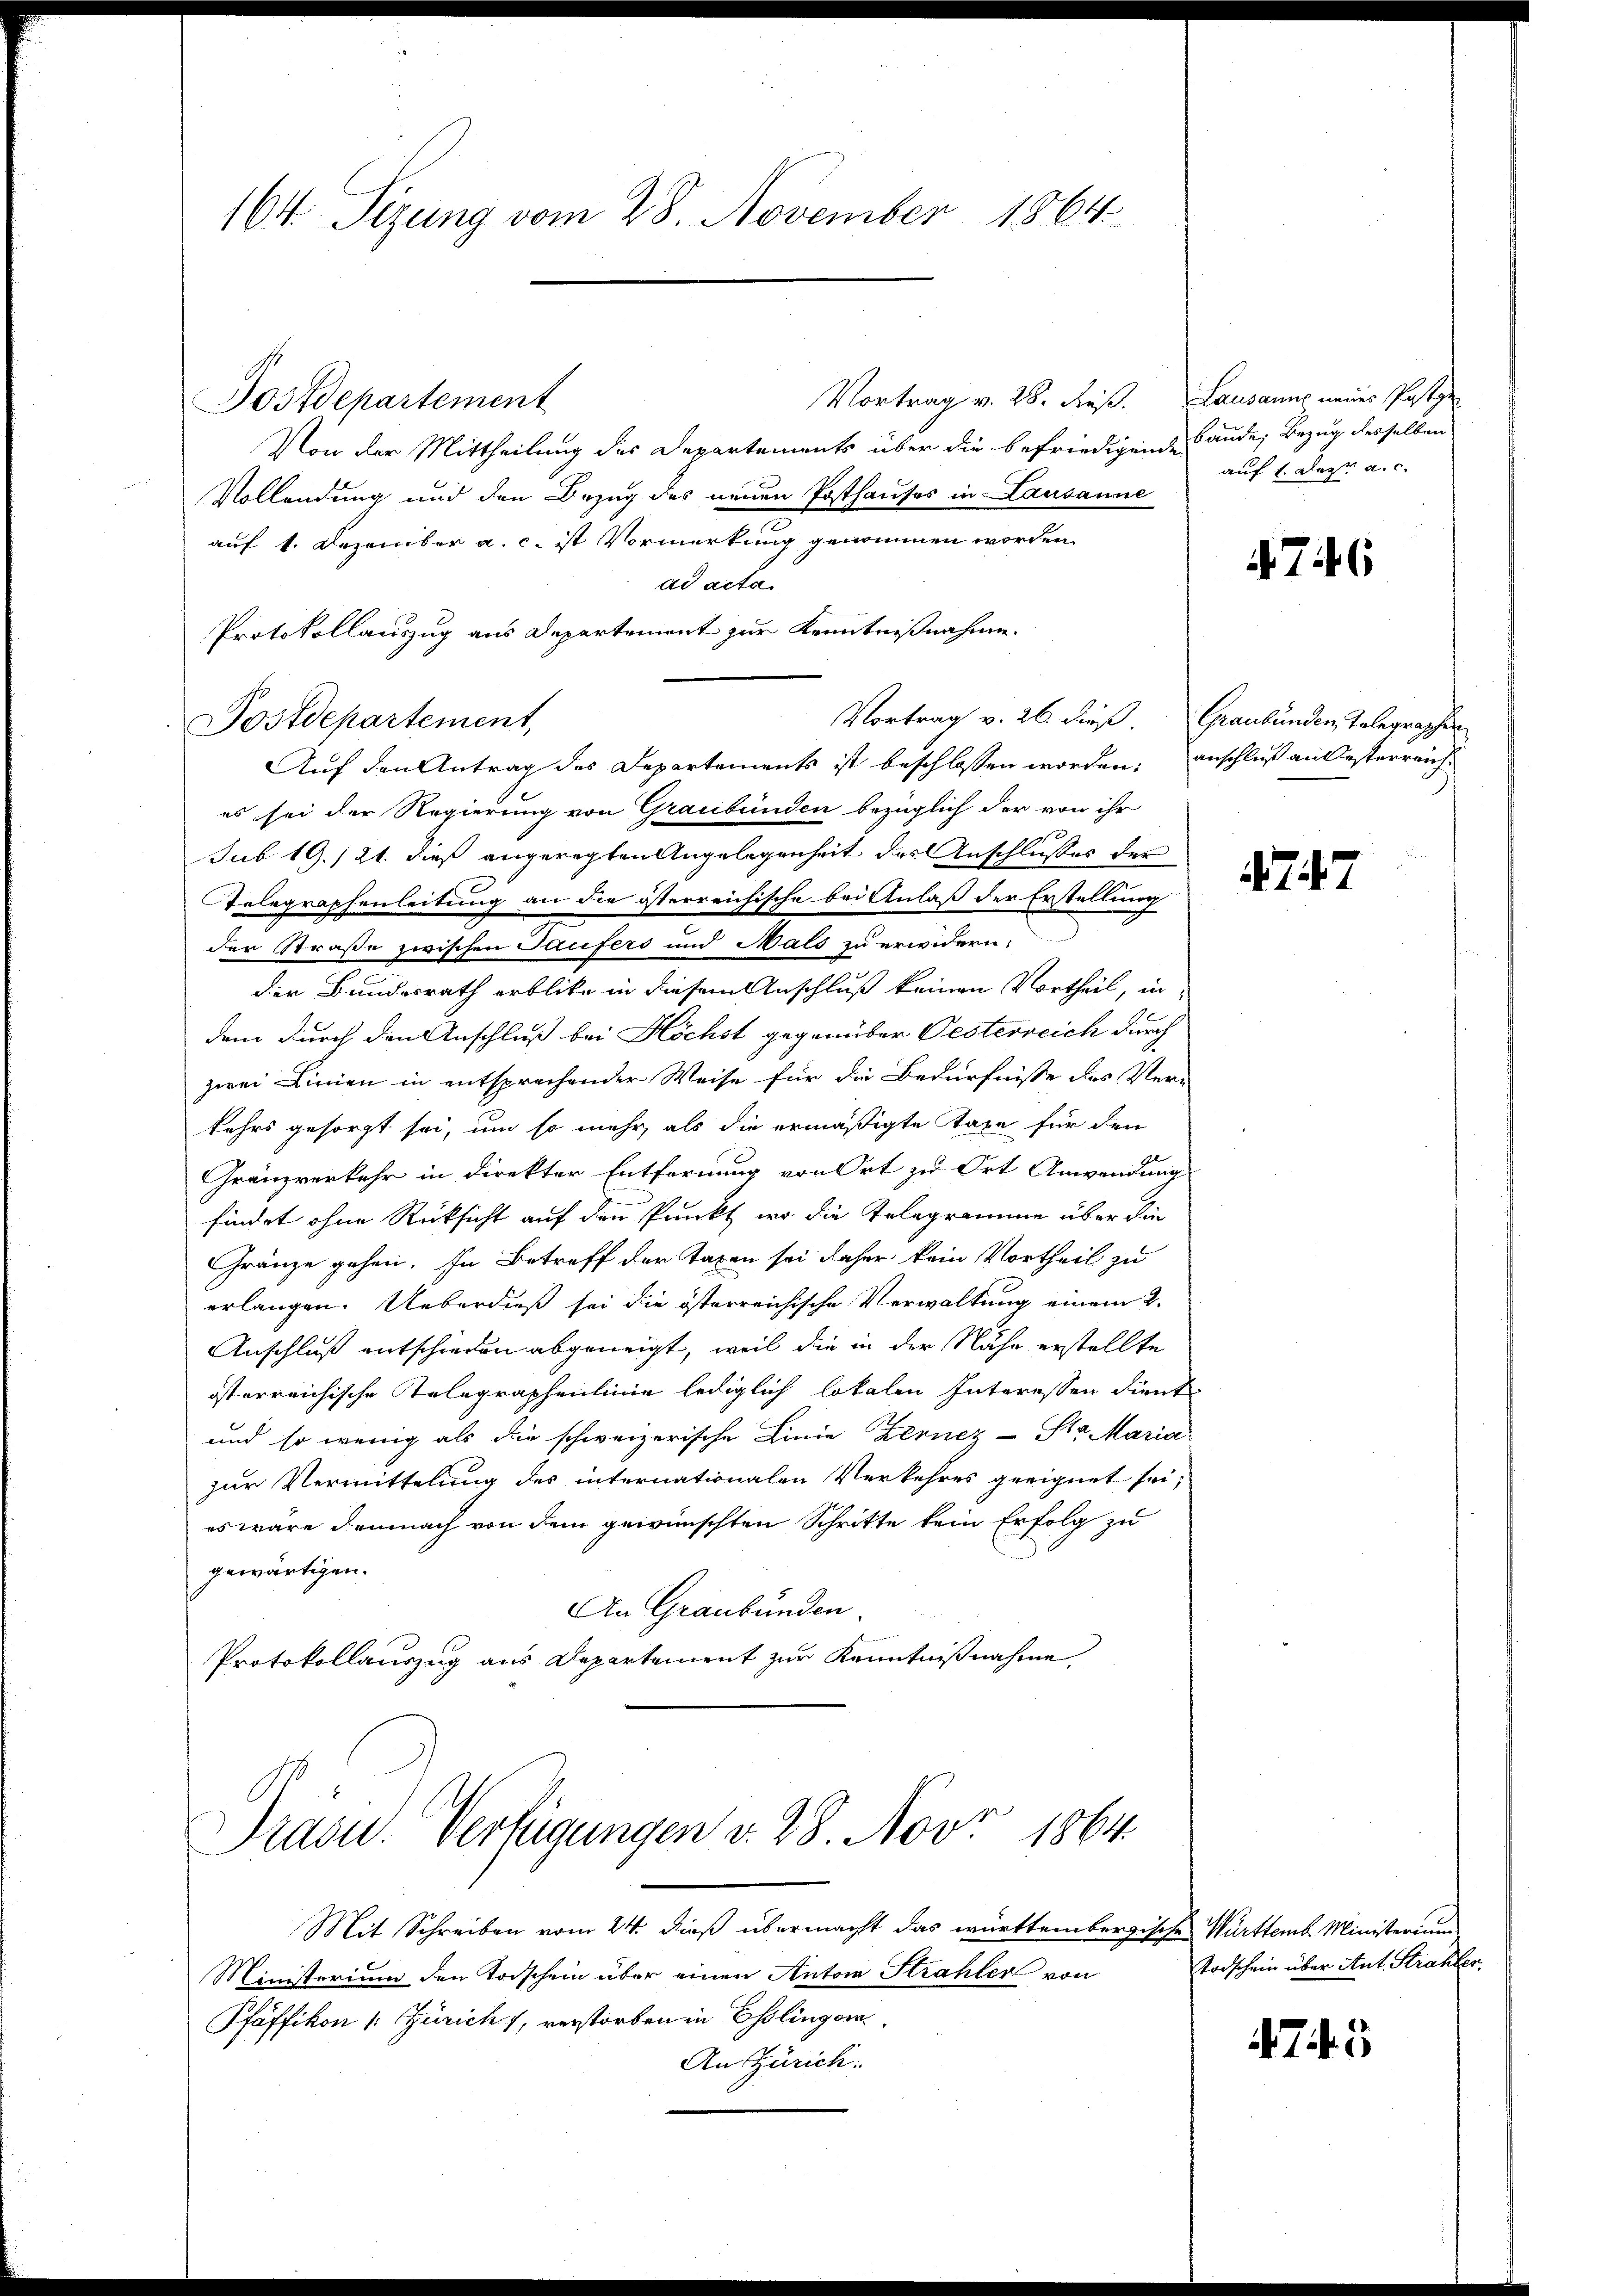
164. Sizung vom 28. November 1864

Vortrag v. 28. dieß. Lausanns neues Postge
Postdepartement
Von der Mittheilung des Departements über die befriedigende Ander Bezug desselben
Vollendung und den Bezug des neuen Posthauses in Lausanne
auf 1. Dezember a. c. ist Vormerkung genommen worden.
ad acta
Protokollauszug aus Departement zur Kenntnißnahme
Auf den Antrag des Departements ist beschlossen worden, anschluß andesterreich
es sei der Regierung von Graubünden bezüglich der von ihr
Jub 19./21. dieß angeregten Angelegenheit des Anschlusses der
Telegraphenleitung an die österreichische bei Anlaß der Erstellung
der Straße zwischen Teufers und Mals zu erwidern.
der Bundesrath erblicke in diesem Anschluß keinen Vortheil, in
dem durch den Anschluß bei Höchst gegenüber Oesterreich durch
zwei Linien in entsprechender Weise für die Bedürfnisse des Verkehrs gesorgt sei, um so mehr, als die ermäßigte Taxe für den
Gränzverkehr in direkter Entfernung von Ort zu Ort Anwendung
findet ohne Rücksicht auf den Punkt, wo die Telegramme über die
Gränze gehen. In Betreff der Taxen sei daher kein Vortheil zu
erlangen. Ueberdieß sei die österreichische Verwaltung einem 2.
Anschluß entschieden abgeneigt, weil die in der Nähe erstellte
österreichische Telegraphenlinie lediglich lokalen Interessen dient
und so wenig als die schweizerische Linie Zernez-Str. Maria
zur Vermittelung des internationalen Verkehres geeignet sei,
es wäre demnach von dem gewünschten Schritte kein Erfolg zu
gewärtigen.
An Graubünden
Protokollauszug aus Departement zur Kenntnißnahme
Präsid. Verfügungen v. 28. Nov. 1864.
Mit Schreiben vom 24. dieß übermacht das württembergische Württemb. Ministerium
Ministerium den Todschein über einen Autoria Strahler von
Pfäffikon v. Zürich, verstorben in Esslinger
An Zürich:

Postdepartement,

Vortrag v. 26. dieß Graubünden Telegrapher

auf 1. Der a. c.

76

4747

Todschein über Ant. Strahler.

75